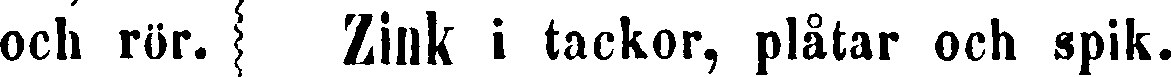
och rör. Zink i tackor, plåtar och spik.